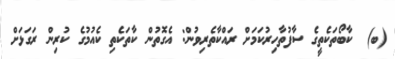
(ބ)  ކާބޯތަކެތީގެ ސާފުތާހިރުކަމަށް ރައްކާތެރިވުން: އެގޮތުން ކާތަކެތި ކެއުމުގެ ކުރިން ރަގަޅަށް